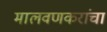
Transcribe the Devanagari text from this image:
मालवणकरांचा